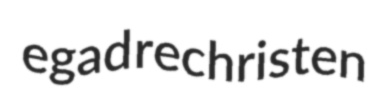
egad rechristen